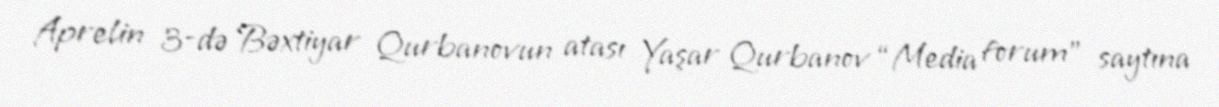
Aprelin 3-də Bəxtiyar Qurbanovun atası Yaşar Qurbanov “Media forum” saytına